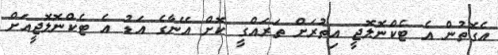
އެގޮތުން އެ ޓެކްނޮލޮޖީ އިތުރަށް ތަރައްގީ ކޮށް އޭނާގެ އަޑު އެ ޓެކްނޮލޮޖީއަށް